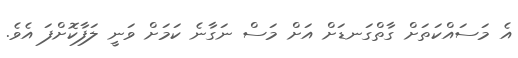
އެ މަސައްކަތަށް ގާތްގަނޑަށް އަށް މަސް ނަގާނެ ކަމަށް ވަނީ ލަފާކޮށްފަ އެވެ.